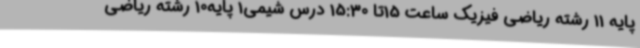
پایه 11 رشته ریاضی فیزیک ساعت 15تا 15:30 درس شیمی1 پایه10 رشته ریاضی